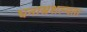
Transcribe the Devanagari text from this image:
घनास्रशल्यता